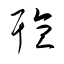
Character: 聽